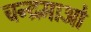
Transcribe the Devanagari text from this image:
चन्द्रमाओ